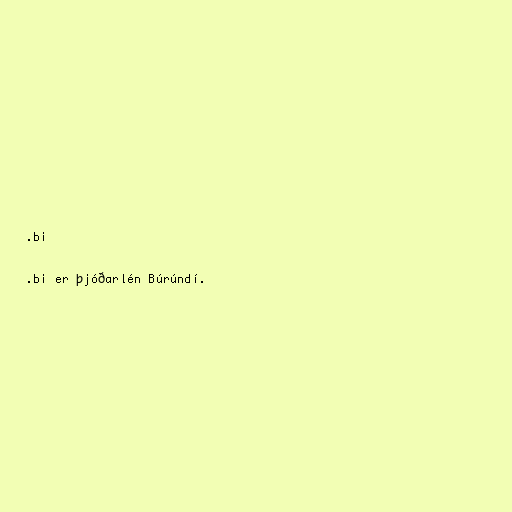
.bi

.bi er þjóðarlén Búrúndí.